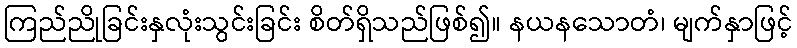
ကြည်ညိုခြင်းနှလုံးသွင်းခြင်း စိတ်ရှိသည်ဖြစ်၍။ နယနသောတံ၊ မျက်နှာဖြင့်